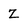
Character: Z